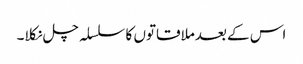
اس کے بعدملاقاتوں کا سلسلہ چل نکلا۔